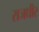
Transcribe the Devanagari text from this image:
राजधीर